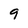
Character: 9